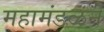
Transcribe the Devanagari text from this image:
महामंडळने